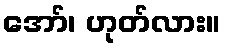
အော်၊ ဟုတ်လား။